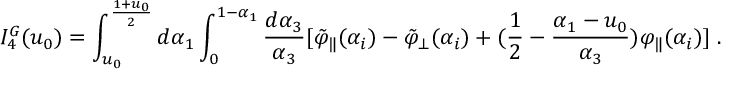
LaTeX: I _ { 4 } ^ { G } ( u _ { 0 } ) = \int _ { u _ { 0 } } ^ { { \frac { 1 + u _ { 0 } } { 2 } } } d \alpha _ { 1 } \int _ { 0 } ^ { 1 - \alpha _ { 1 } } { \frac { d \alpha _ { 3 } } { \alpha _ { 3 } } } [ \tilde { \varphi } _ { \| } ( \alpha _ { i } ) - \tilde { \varphi } _ { \bot } ( \alpha _ { i } ) + ( { \frac { 1 } { 2 } } - { \frac { \alpha _ { 1 } - u _ { 0 } } { \alpha _ { 3 } } } ) \varphi _ { \| } ( \alpha _ { i } ) ] \; .